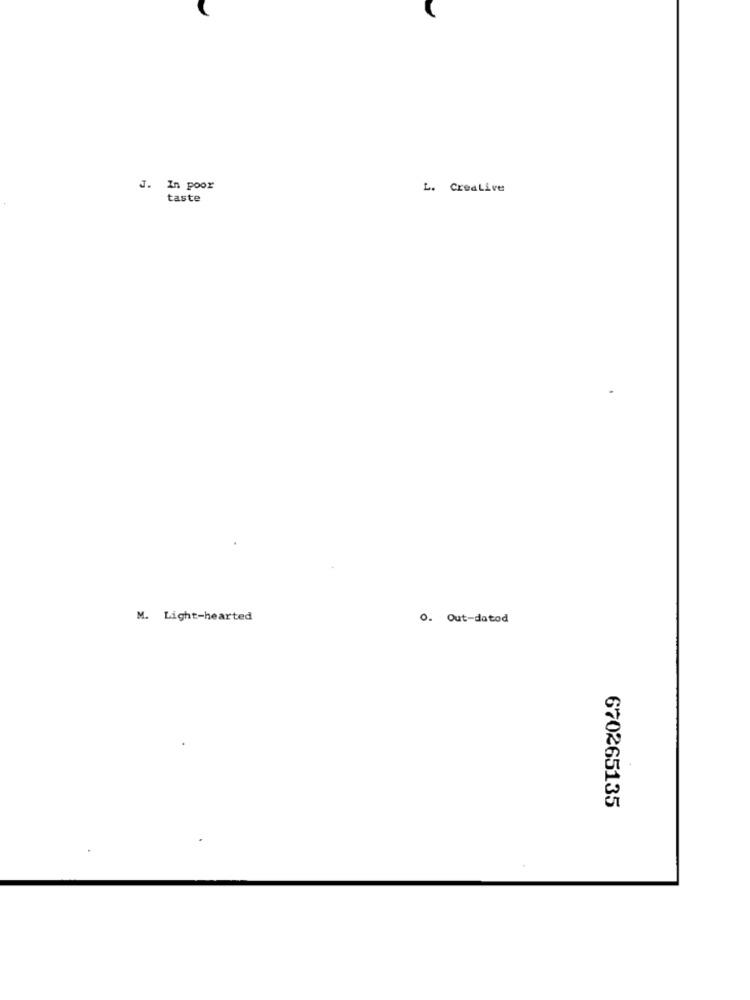
J.
In poor
L. CreaLive
taste
M. Light-hearted
O. Out-datod
670265135